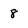
Character: 8